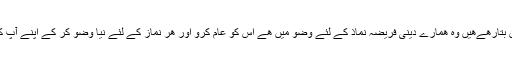
کورونا کے بچاو کے لئے جو آج کی سائنسدان بتارھےھیں وہ ھمارے دینی فریضہ نماذ کے لئے وضو میں ھے اس کو عام کرو اور ھر نماز کے لئے نیا وضو کر کے اپنے آپ کو کورونا تو کیا ھر بیماری سےمحفوظ رھیں